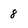
Character: 8